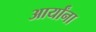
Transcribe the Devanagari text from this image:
आर्यांना